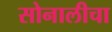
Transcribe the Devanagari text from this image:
सोनालीचा